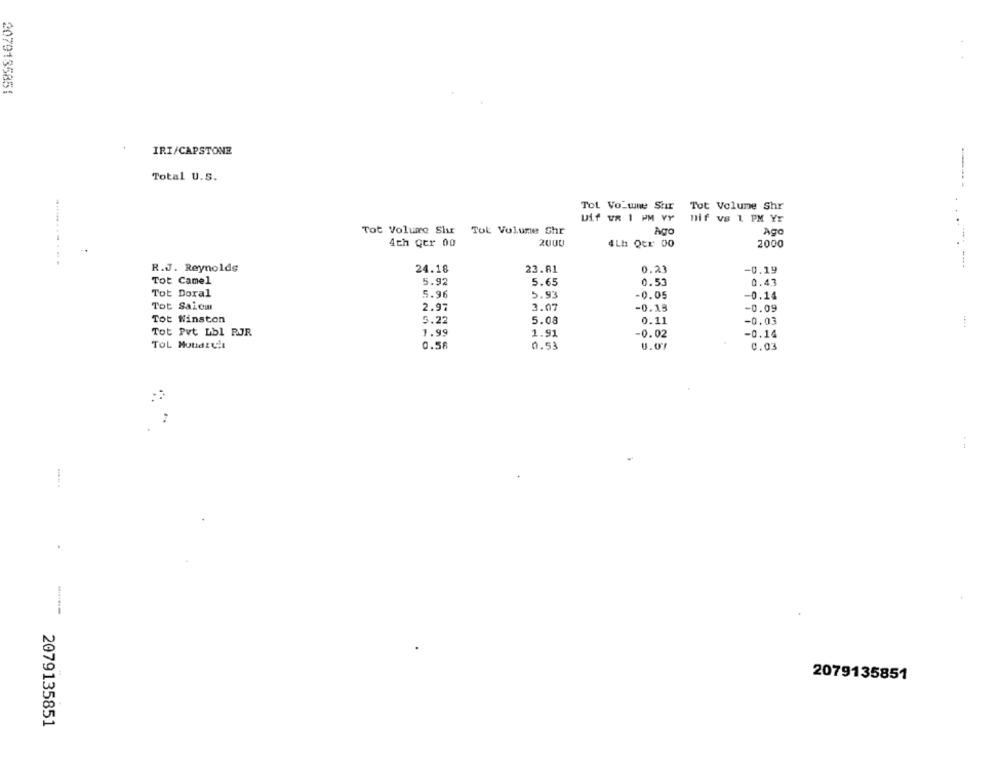
2079135851
IRI/CAPSTONE
Total U.S.
Tot Volume Stir
Tot Volume Shr
Uif uR 1 PM VY
nif vs 1 PM Yr
Tot Volume Shir Tot Volume Shr
Ago
Ago
4th ger 00
2000
4Lh Qer 00
2000
..
........ .. . . .
R.J. Reynolds
24.16
23.81
0.23
-0.19
Tot Camel
5.92
5.65
0.53
0.43
Tot Doral
5.96
5.93
-0.05
-0.14
Tot Saicm
2.97
3.07
-0.15
-0.09
Tot Winston
5.22
5.08
0.11
-0.03
Tot Pvt Lbl RJR
1.99
1.91
-0.02
-0.14
TOL Mouditil
0.58
0.53
0.03
:
2079135851
2079135851